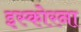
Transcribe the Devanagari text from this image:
इस्कोरना